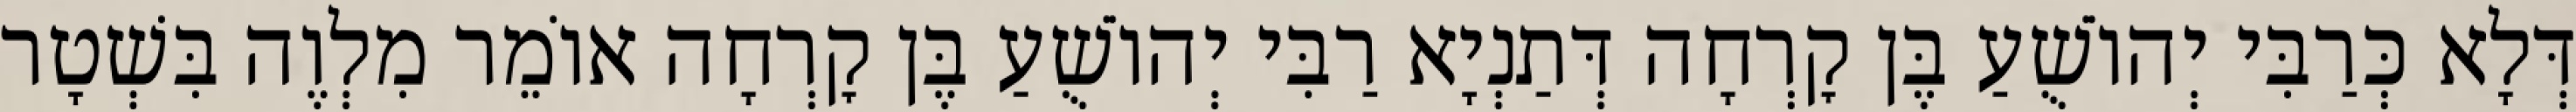
דְּלָא כְּרַבִּי יְהוֹשֻׁעַ בֶּן קׇרְחָה דְּתַנְיָא רַבִּי יְהוֹשֻׁעַ בֶּן קׇרְחָה אוֹמֵר מִלְוֶה בִּשְׁטָר